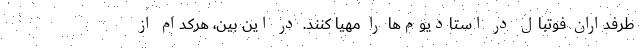
طرفداران فوتبال در استادیوم‌ها را مهیا کنند. در این بین، هرکدام از